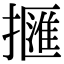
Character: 擓